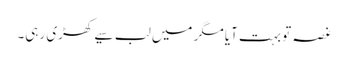
غصہ تو بہت آیا مگر میں لب سیے کھڑی رہی۔